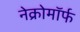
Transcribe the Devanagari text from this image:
नेक्रोमॉर्फ